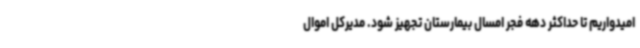
امیدواریم تا حداکثر دهه فجر امسال بیمارستان تجهیز شود. مدیرکل اموال